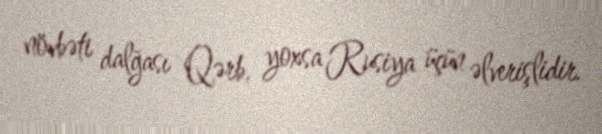
növbəti dalğası Qərb, yoxsa Rusiya üçün əlverişlidir.